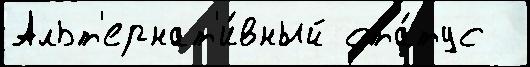
Альт'ернат'и́вный ста́тус